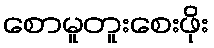
စောမူတူးစေးဖိုး